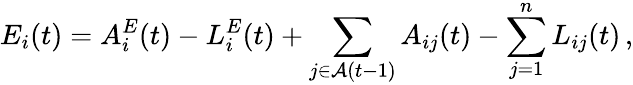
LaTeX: E_{i}(t)=A_{i}^{E}(t)-L_{i}^{E}(t)+\sum_{j\in\mathcal{A}(t-1)}A_{ij}(t)-\sum_{j=1}^{n}L_{ij}(t)\, ,